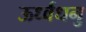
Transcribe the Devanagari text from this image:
ऊर्ध्वधनु